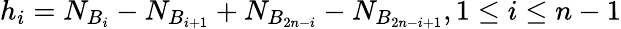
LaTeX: h_{i}=N_{B_{i}}-N_{B_{i+1}}+N_{B_{2n-i}}-N_{B_{2n-i+1}},1\leq i\leq n-1